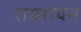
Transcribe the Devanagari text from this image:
रायरायन